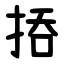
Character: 㧷